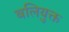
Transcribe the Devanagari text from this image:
बलियुक्त